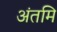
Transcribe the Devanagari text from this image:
अंतमि